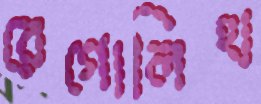
রেগোলিথ